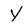
Character: Y